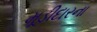
મૂડીદારના